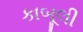
કાબૂલી